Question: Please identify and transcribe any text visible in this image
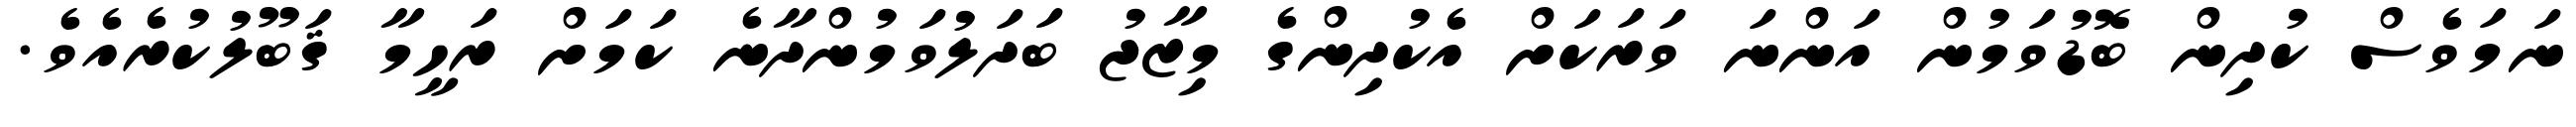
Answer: ނަމަވެސް ކުދިން ބޮޑުވަމުން އަންނަ ވަރަކަށް އެކުދިންގެ މިޒާޖު ބަދަލުވަމުންދާނެ ކަމަށް ރަހީމާ ޤަބޫލުކުރެއެވެ.